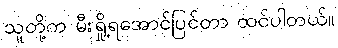
သူတို့က မီးရှို့ရအောင်ပြင်တာ ထင်ပါတယ်။